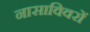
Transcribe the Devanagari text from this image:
नासाविवरों